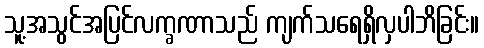
သူ့အသွင်အပြင်လက္ခဏာသည် ကျက်သရေရှိလှပါဘိခြင်း။